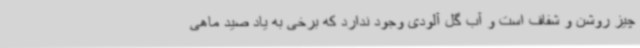
چیز روشن و شفاف است و آب گل آلودی وجود ندارد که برخی به یاد صید ماهی